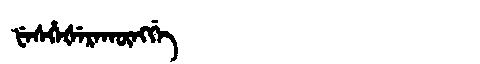
Manchu: ᡶᡝᠰᡥᡝᡧᡝᡵᠠᡴᡡᠩᡤᡝ
Romanization: FESHEŠERAKŪNGGE